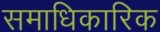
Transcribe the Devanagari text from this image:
समाधिकारिक